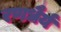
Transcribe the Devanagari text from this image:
रणधैर्य